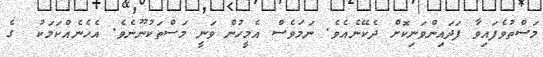
މަސްތުވެފައިވާ ފަދައިންވަނިކޮށް ދެކޭނެއެވެ. ނަމަވެސް އެމީހުން ވަނީ މަސްތަކުނޫނެވެ. އެހެނެއްކަމަކު  ގެ